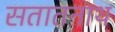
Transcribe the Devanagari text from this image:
सतातनाथ